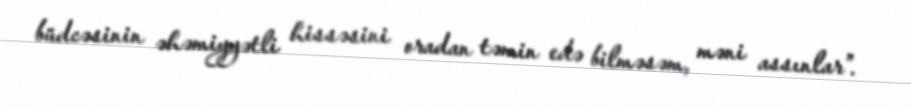
büdcəsinin əhəmiyyətli hissəsini oradan təmin edə bilməsəm, məni assınlar”.